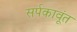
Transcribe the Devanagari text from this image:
सर्पकावूंत